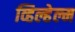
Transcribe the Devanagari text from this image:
व्हिल्हेल्म